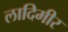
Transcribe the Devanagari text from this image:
लादिमीर